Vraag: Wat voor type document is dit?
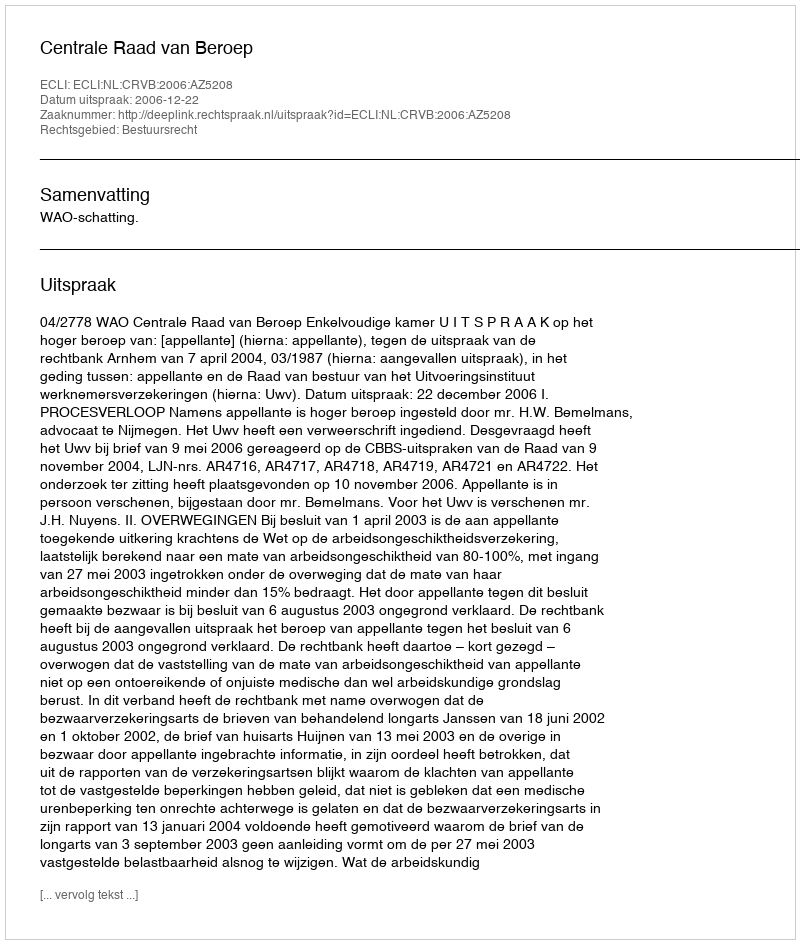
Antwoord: Uitspraak